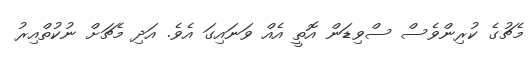
މެޗުގެ ކުރިންވެސް ސްވިޑަން އޮތީ އެއް ވަނައިގަ އެވެ. އަދި މެޗަށް ނުކުތްއިރު